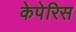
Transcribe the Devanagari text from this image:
केपेरिस